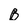
Character: B